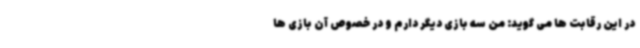
در این رقابت ها می گوید: من سه بازی دیگر دارم و در خصوص آن بازی ها